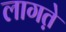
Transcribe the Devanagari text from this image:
लागत़े